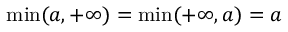
\operatorname* { m i n } ( a , + \infty ) = \operatorname* { m i n } ( + \infty , a ) = a